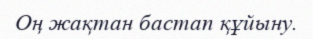
Оң жақтан бастап құйыну.